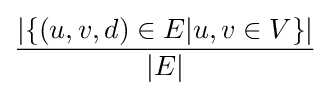
{\frac {|\{(u,v,d)\in E|u,v\in V\}|}{|E|}}